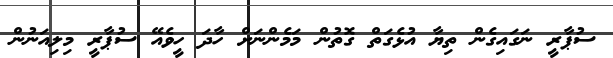
ސުޕާރީ ނަގައިގެން ތިޔާ އުޅެގަތް ގޮތުން މަމެންނަށް ހާދަ ހީވެއޭ ސުޕާރީ މިލިއަނުން